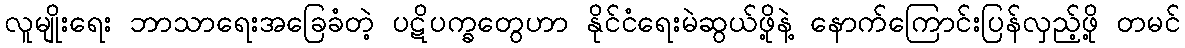
လူမျိုးရေး ဘာသာရေးအခြေခံတဲ့ ပဋိပက္ခတွေဟာ နိုင်ငံရေးမဲဆွယ်ဖို့နဲ့ နောက်ကြောင်းပြန်လှည့်ဖို့ တမင်